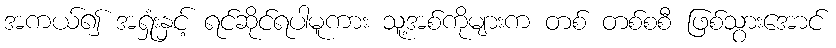
အကယ်၍ အရှုံးနှင့် ရင်ဆိုင်ရပါမူကား သူ့အစ်ကိုများက တစ် တစ်စစီ ဖြစ်သွားအောင်